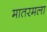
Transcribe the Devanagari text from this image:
मातरमला